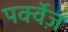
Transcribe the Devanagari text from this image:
पर्क्वेज़